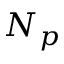
N _ { p }